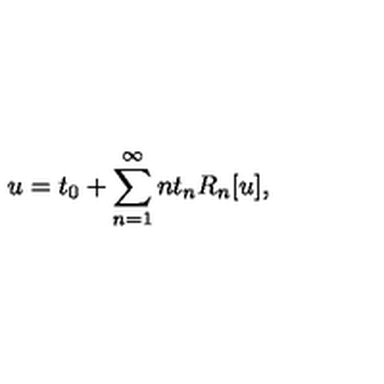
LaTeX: u = t _ { 0 } + \sum _ { n = 1 } ^ { \infty } n t _ { n } R _ { n } [ u ] ,